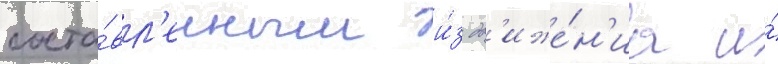
соста́вл'енным и́з дв'иже́н'иа и́